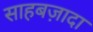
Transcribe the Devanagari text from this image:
साहबज़ादा